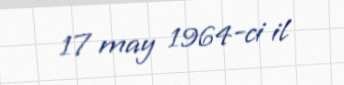
17 may 1964-ci il